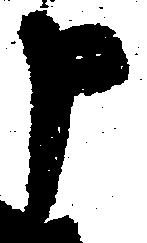
申